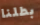
بطلنا